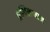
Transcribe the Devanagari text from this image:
प्राग्विलग्नान्